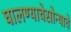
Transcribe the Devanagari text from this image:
घालण्याचेसोन्याचे